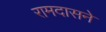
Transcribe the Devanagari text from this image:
रामदासने